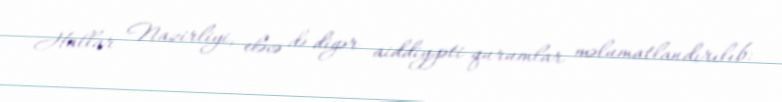
Hallar Nazirliyi, eləcə də digər aiddiyyəti qurumlar məlumatlandırılıb: